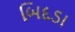
બિદડા